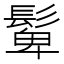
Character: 𩭧